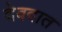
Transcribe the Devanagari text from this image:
देवदात